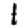
Digit: 1